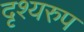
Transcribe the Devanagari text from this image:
दृश्यरुप